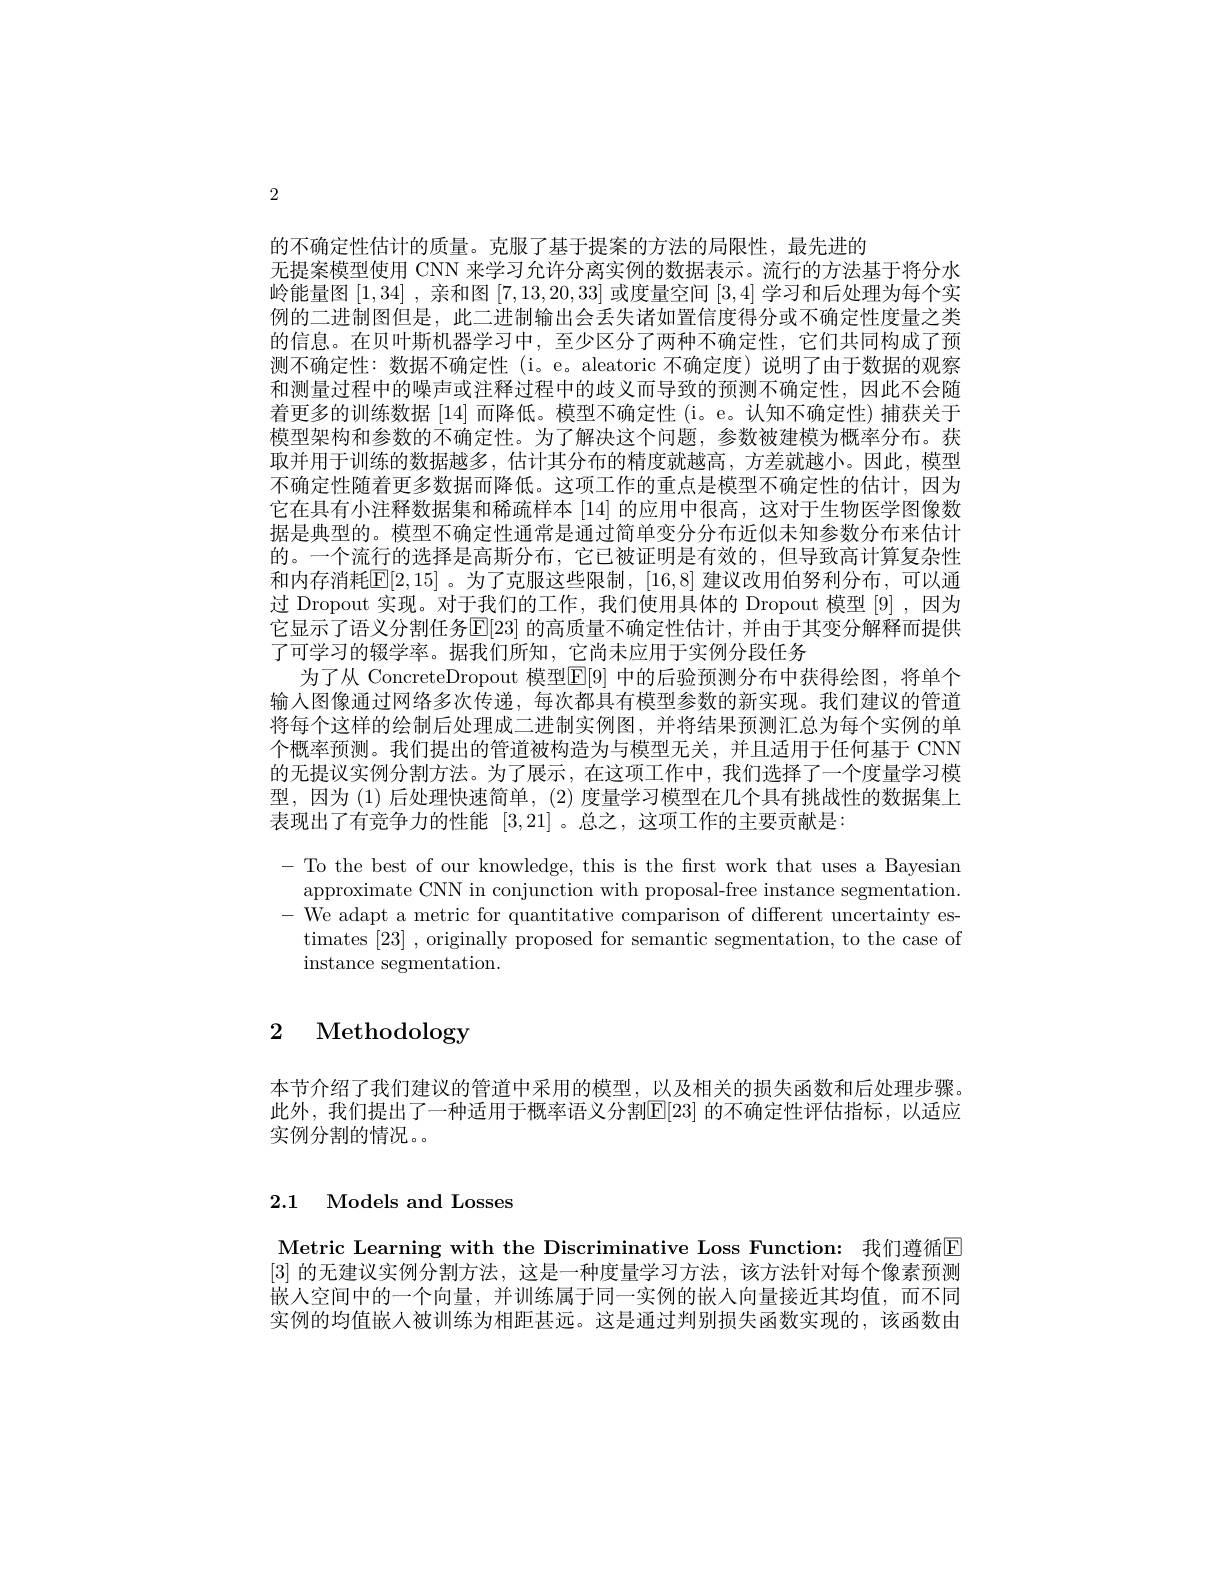
2

的不确定性估计的质量。克服了基于提案的方法的局限性，最先进的
无提案模型使用 CNN 来学习允许分离实例的数据表示。流行的方法基于将分水岭能量图[1,34] ,亲和图[7,13,20,33]或度量空间[3,4]学习和后处理为每个实例的二进制图但是，此二进制输出会丢失诸如置信度得分或不确定性度量之类的信息。在贝叶斯机器学习中，至少区分了两种不确定性，它们共同构成了预测不确定性：数据不确定性(i。e。aleatoric 不确定度)说明了由于数据的观察和测量过程中的噪声或注释过程中的歧义而导致的预测不确定性，因此不会随着更多的训练数据 [14] 而降低。模型不确定性 (i。e。认知不确定性)捕获关于模型架构和参数的不确定性。为了解决这个问题，参数被建模为概率分布。获取并用于训练的数据越多，估计其分布的精度就越高，方差就越小。因此，模型不确定性随着更多数据而降低。这项工作的重点是模型不确定性的估计，因为它在具有小注释数据集和稀疏样本[14]的应用中很高，这对于生物医学图像数据是典型的。模型不确定性通常是通过简单变分分布近似未知参数分布来估计的。一个流行的选择是高斯分布，它已被证明是有效的，但导致高计算复杂性和内存消耗[2,15]。为了克服这些限制，[16,8] 建议改用伯努利分布，可以通过 Dropout 实现。对于我们的工作，我们使用具体的 Dropout 模型[9],因为它显示了语义分割任务E[23] 的高质量不确定性估计，并由于其变分解释而提供了可学习的辍学率。据我们所知，它尚未应用于实例分段任务
为了从 ConcreteDropout 模型$\boxed{\mathbb{E}}[9]$ 中的后验预测分布中获得绘图，将单个输入图像通过网络多次传递，每次都具有模型参数的新实现。我们建议的管道将每个这样的绘制后处理成二进制实例图，并将结果预测汇总为每个实例的单个概率预测。我们提出的管道被构造为与模型无关，并且适用于任何基于 CNN 的无提议实例分割方法。为了展示，在这项工作中，我们选择了一个度量学习模型，因为 (1)后处理快速简单，(2) 度量学习模型在几个具有挑战性的数据集上表现出了有竞争力的性能[3,21] 。总之，这项工作的主要贡献是：
- To the best of our knowledge, this is the frst work that uses a Bayesian

approximate CNN in conjunction with proposal-free instance segmentation. - We adapt a metric for quantitative comparison of different uncertainty es
timates [23] , originally proposed for semantic segmentation, to the case of
instance segmentation.

# 2 Methodology

本节介绍了我们建议的管道中采用的模型，以及相关的损失函数和后处理步骤。此外，我们提出了一种适用于概率语义分割E[23]的不确定性评估指标，以适应实例分割的情况。

2.1 Models and Losses

Metric Learning with the Discriminative Loss Function: 我们遵循E [3]的无建议实例分割方法，这是一种度量学习方法，该方法针对每个像素预测嵌人空间中的一个向量，并训练属于同一实例的嵌入向量接近其均值，而不同实例的均值嵌人被训练为相距甚远。这是通过判别损失函数实现的，该函数由